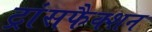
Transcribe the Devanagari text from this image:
ट्रांसफैक्शन